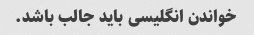
خواندن انگلیسی باید جالب باشد.